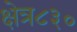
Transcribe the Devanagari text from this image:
क्षेत्र८३०